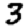
Digit: 3